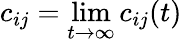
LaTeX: c_{ij}=\operatorname*{lim}_{t\to\infty}c_{ij}(t)